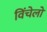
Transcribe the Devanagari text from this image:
विंचेलो